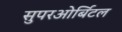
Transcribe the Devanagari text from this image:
सुपरओर्बिटल